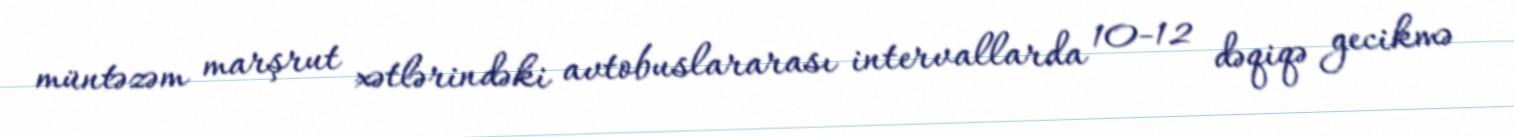
müntəzəm marşrut xətlərindəki avtobuslararası intervallarda 10-12 dəqiqə gecikmə